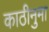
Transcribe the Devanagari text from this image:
काठीनुमा